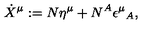
\dot { X } ^ { \mu } : = N \eta ^ { \mu } + N ^ { A } \epsilon ^ { \mu } { } _ { A } ,